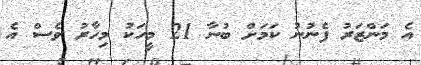
އެ މަންޒަރު ފެނުނު ކަމަށް ބުނާ 21 މީހަކު މިހާރު ވެސް އެ